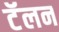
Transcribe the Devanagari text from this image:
टॅलन